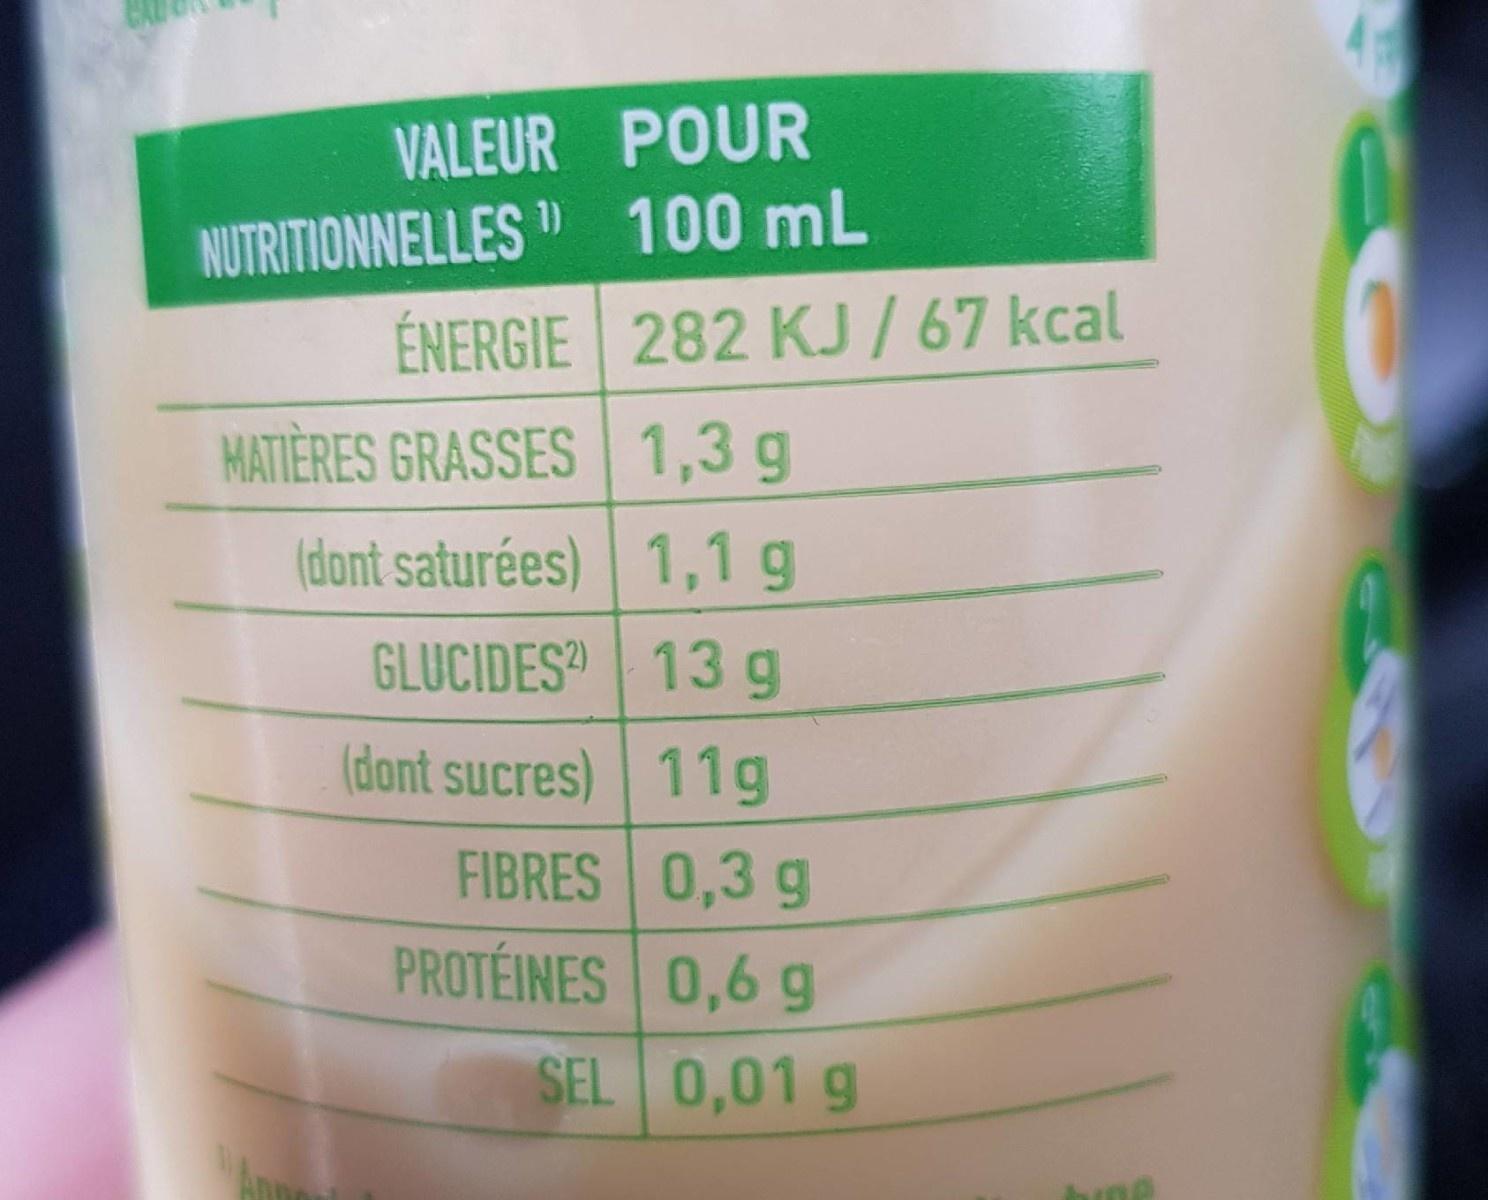
VALEUR POUR NUTRITIONNELLES 100 mL ÉNERGIE 282 KJ / 67 kcal MATIÈRES GRASSES 1,3 g (dont saturées) 1,1g GLUCIDES" 13 g (dont sucres) 11g FIBRES 0,3 g PROTÉINES 0,6 g SEL 0,01 g Ane hine